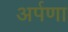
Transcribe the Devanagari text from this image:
अर्पणा